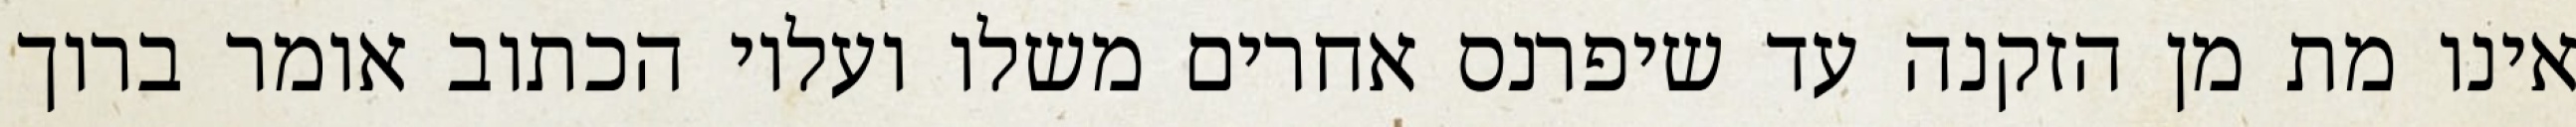
אינו מת מן הזקנה עד שיפרנס אחרים משלו ועליו הכתוב אומר ברוך